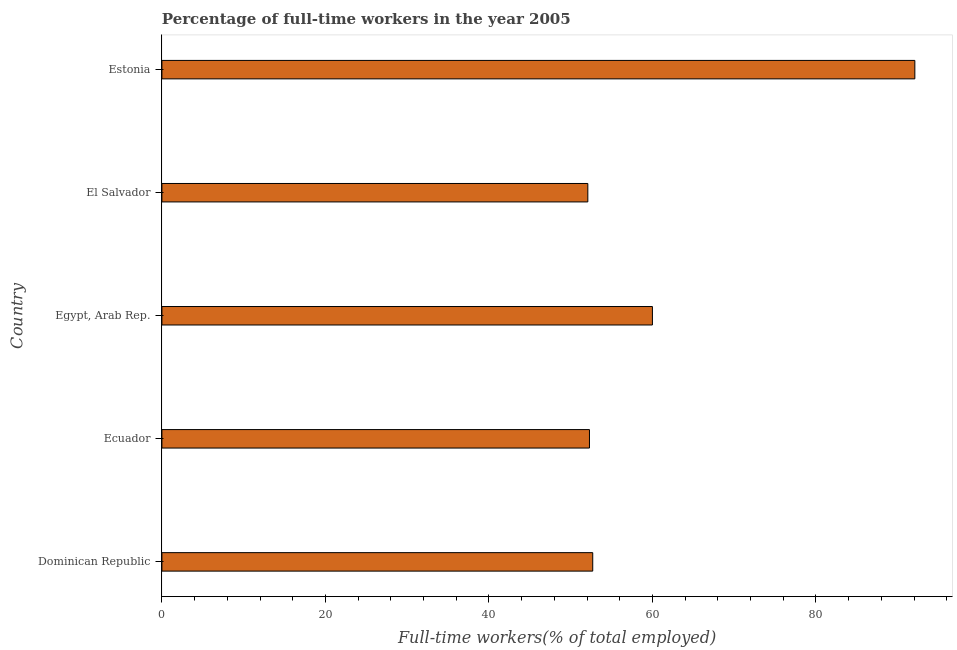
| Country | Wage and salaried workers |
 | --- | --- |
 | Dominican Republic | 52.7 |
 | Ecuador | 52.3 |
 | Egypt, Arab Rep. | 60 |
 | El Salvador | 52.1 |
 | Estonia | 92.1 |